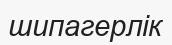
шипагерлік